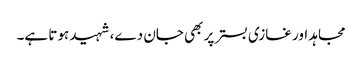
مجاہد اور غازی بستر پر بھی جان دے، شہید ہوتا ہے۔